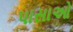
પાસાઓ